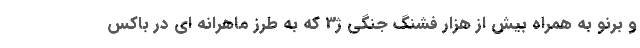
و برنو به همراه بیش از هزار فشنگ جنگی ژ3 که به طرز ماهرانه ای در باکس